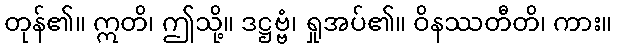
တုန်၏။ ဣတိ၊ ဤသို့။ ဒဋ္ဌဗ္ဗံ၊ ရှုအပ်၏။ ဝိနဿတီတိ၊ ကား။